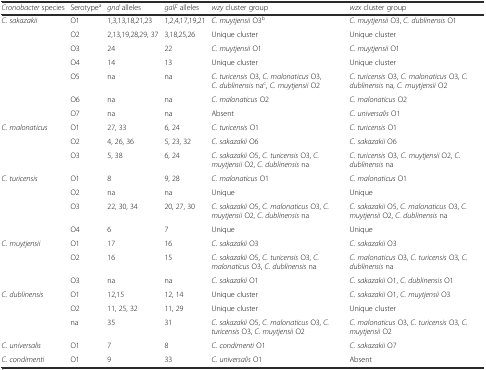
<table><thead><tr><td><b><i>Cronobacter</i> species</b></td><td><b>Serotype<sup>a</sup></b></td><td><b><i>gnd</i> alleles</b></td><td><b><i>galF</i> alleles</b></td><td><b><i>wzy</i> cluster group</b></td><td><b><i>wzx</i> cluster group</b></td></tr></thead><tbody><tr><td><i>C. sakazakii</i></td><td>O1</td><td>1,3,13,18,21,23</td><td>1,2,4,17,19,21</td><td><i>C. muytjensii</i> O3<sup>b</sup></td><td><i>C. muytjensii</i> O3, <i>C. dublinensis</i> O1</td></tr><tr><td></td><td>O2</td><td>2,13,19,28,29, 37</td><td>3,18,25,26</td><td>Unique cluster</td><td>Unique cluster</td></tr><tr><td></td><td>O3</td><td>24</td><td>22</td><td><i>C. muytjensii</i> O1</td><td><i>C. muytjensii</i> O1</td></tr><tr><td></td><td>O4</td><td>14</td><td>13</td><td>Unique cluster</td><td>Unique cluster</td></tr><tr><td></td><td>O5</td><td>na</td><td>na</td><td><i>C. turicensis</i> O3, <i>C. malonaticus</i> O3, <i>C. dublinensis</i> na<sup>c</sup>, <i>C. muytjensii</i> O2</td><td><i>C. turicensis</i> O3, <i>C. malonaticus</i> O3, <i>C. dublinensis</i> na, <i>C. muytjensii</i> O2</td></tr><tr><td></td><td>O6</td><td>na</td><td>na</td><td><i>C. malonaticus</i> O2</td><td><i>C. malonaticus</i> O2</td></tr><tr><td></td><td>O7</td><td>na</td><td>na</td><td>Absent</td><td><i>C. universalis</i> O1</td></tr><tr><td><i>C. malonaticus</i></td><td>O1</td><td>27, 33</td><td>6, 24</td><td><i>C. turicensis</i> O1</td><td><i>C. turicensis</i> O1</td></tr><tr><td></td><td>O2</td><td>4, 26, 36</td><td>5, 23, 32</td><td><i>C. sakazakii</i> O6</td><td><i>C. sakazakii</i> O6</td></tr><tr><td></td><td>O3</td><td>5, 38</td><td>6, 24</td><td><i>C. sakazakii</i> O5, <i>C. turicensis</i> O3, <i>C. muytjensii</i> O2, <i>C. dublinensis</i> na</td><td><i>C. turicensis</i> O3, <i>C. muytjensii</i> O2, <i>C. dublinensis</i> na</td></tr><tr><td><i>C. turicensis</i></td><td>O1</td><td>8</td><td>9, 28</td><td><i>C. malonaticus</i> O1</td><td><i>C. malonaticus</i> O1</td></tr><tr><td></td><td>O2</td><td>na</td><td>na</td><td>Unique</td><td>Unique</td></tr><tr><td></td><td>O3</td><td>22, 30, 34</td><td>20, 27, 30</td><td><i>C. sakazakii</i> O5, <i>C. malonaticus</i> O3, <i>C. muytjensii</i> O2, <i>C. dublinensis</i> na</td><td><i>C. sakazakii</i> O5, <i>C. malonaticus</i> O3, <i>C. muytjensii</i> O2, <i>C. dublinensis</i> na</td></tr><tr><td></td><td>O4</td><td>6</td><td>7</td><td>Unique</td><td>Unique</td></tr><tr><td><i>C. muytjensii</i></td><td>O1</td><td>17</td><td>16</td><td><i>C. sakazakii</i> O3</td><td><i>C. sakazakii</i> O3</td></tr><tr><td></td><td>O2</td><td>16</td><td>15</td><td><i>C. sakazakii</i> O5, <i>C. turicensis</i> O3, <i>C. malonaticus</i> O3, <i>C. dublinensis</i> na</td><td><i>C. malonaticus</i> O3, <i>C. turicensis</i> O3, <i>C. dublinensis</i> na</td></tr><tr><td></td><td>O3</td><td>na</td><td>na</td><td><i>C. sakazakii</i> O1</td><td><i>C. sakazakii</i> O1, <i>C. dublinensis</i> O1</td></tr><tr><td><i>C. dublinensis</i></td><td>O1</td><td>12,15</td><td>12, 14</td><td>Unique cluster</td><td><i>C. sakazakii</i> O1, <i>C. muytjensii</i> O3</td></tr><tr><td></td><td>O2</td><td>11, 25, 32</td><td>11, 29</td><td>Unique cluster</td><td>Unique cluster</td></tr><tr><td></td><td>na</td><td>35</td><td>31</td><td><i>C. sakazakii</i> O5, <i>C. malonaticus</i> O3, <i>C. turicensis</i> O3, <i>C. muytjensii</i> O2</td><td><i>C. malonaticus</i> O3, <i>C. turicensis</i> O3, <i>C. muytjensii</i> O2</td></tr><tr><td><i>C. universalis</i></td><td>O1</td><td>7</td><td>8</td><td><i>C. condimenti</i> O1</td><td><i>C. sakazakii</i> O7</td></tr><tr><td><i>C. condimenti</i></td><td>O1</td><td>9</td><td>33</td><td><i>C. universalis</i> O1</td><td>Absent</td></tr></tbody></table>